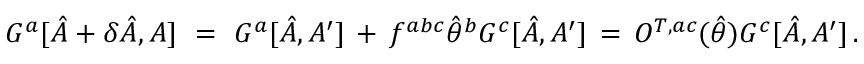
G ^ { a } [ \hat { A } + \delta \hat { A } , A ] \ = \ G ^ { a } [ \hat { A } , A ^ { \prime } ] \, + \, f ^ { a b c } \hat { \theta } ^ { b } G ^ { c } [ \hat { A } , A ^ { \prime } ] \, = \, O ^ { T , a c } ( \hat { \theta } ) G ^ { c } [ \hat { A } , A ^ { \prime } ] \, .